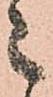
々